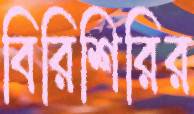
বিরিশিরির